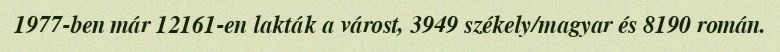
1977-ben már 12161-en lakták a várost, 3949 székely/magyar és 8190 román.